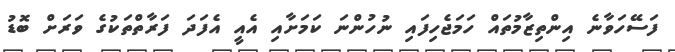
ފަސޭހަވާނެ އިންތިޒާމުތައް ހަމަޖެހިފައި ނުހުންނަ ކަމަށާއި އެއީ އެފަދަ ފަރާތްތަކުގެ ވަރަށް ބޮޑު